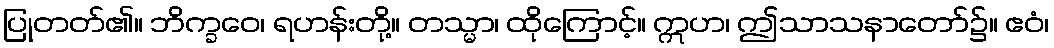
ပြုတတ်၏။ ဘိက္ခဝေ၊ ရဟန်းတို့။ တသ္မာ၊ ထိုကြောင့်။ ဣဟ၊ ဤသာသနာတော်၌။ ဧဝံ၊